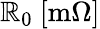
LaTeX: \mathbb{R}_{0}\ [\mathrm{{m}}\Omega]